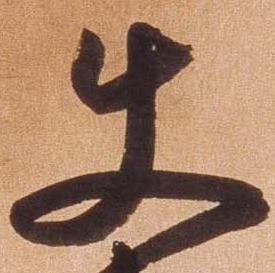
使